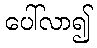
ပေါ်လာ၍